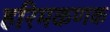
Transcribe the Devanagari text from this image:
हरिमकणक